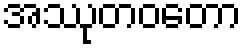
အဿုတဝတော